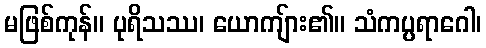
မဖြစ်ကုန်။ ပုရိသဿ၊ ယောကျ်ား၏။ သံကပ္ပရာဂေါ၊